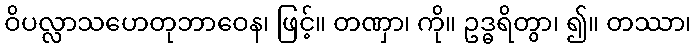
ဝိပလ္လာသဟေတုဘာဝေန၊ ဖြင့်။ တဏှာ၊ ကို။ ဥဒ္ဓရိတွာ၊ ၍။ တဿာ၊